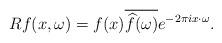
LaTeX: \begin{align*}R f(x, \omega) = f(x) \overline{\widehat{f}(\omega)} e^{-2 \pi i x \cdot \omega}.\end{align*}